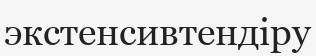
экстенсивтендіру